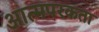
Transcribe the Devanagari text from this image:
आत्मपरकता